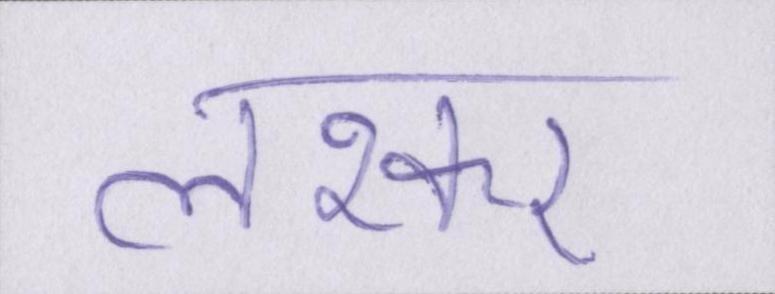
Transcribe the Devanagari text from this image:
लश्कर